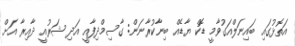
އަތޮޅުގައި ބައިނަލްއަގުވާމީ ޑޮކް ޔާޑެއް ބިނާކުރާނަން: ގާސިމްދިފާއީ އަދި ޝަރުއީ ދާއިރާ އަށް